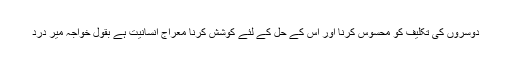
دوسروں کی تکلیف کو محسوس کرنا اور اس کے حل کے لئے کوشش کرنا معراج انسانیت ہے بقول خواجہ میر درد